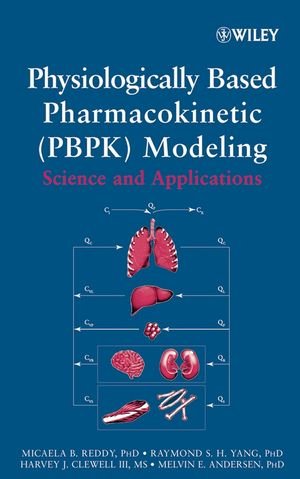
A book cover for Physiologically Based Pharmacokinetic Modeling : Science and Applications; Micaela Reddy; Medical Books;